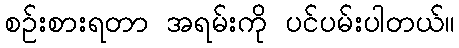
စဉ်းစားရတာ အရမ်းကို ပင်ပမ်းပါတယ်။